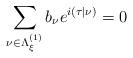
LaTeX: \begin{align*}\sum_{\nu\in\Lambda^{(1)}_\xi}b_\nu e^{i(\tau|\nu)}=0\end{align*}